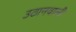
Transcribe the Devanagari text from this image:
उठानवाली